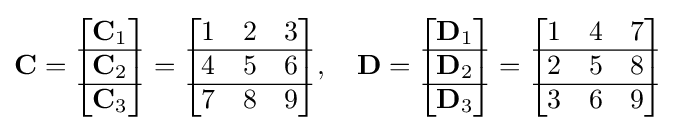
\mathbf {C} ={\begin{bmatrix}\mathbf {C} _{1}\\\hline \mathbf {C} _{2}\\\hline \mathbf {C} _{3}\\\end{bmatrix}}={\begin{bmatrix}1&2&3\\\hline 4&5&6\\\hline 7&8&9\end{bmatrix}},\quad \mathbf {D} ={\begin{bmatrix}\mathbf {D} _{1}\\\hline \mathbf {D} _{2}\\\hline \mathbf {D} _{3}\\\end{bmatrix}}={\begin{bmatrix}1&4&7\\\hline 2&5&8\\\hline 3&6&9\end{bmatrix}}